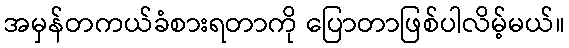
အမှန်တကယ်ခံစားရတာကို ပြောတာဖြစ်ပါလိမ့်မယ်။